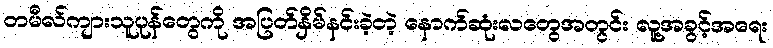
တမီလ်ကျားသူပုန်တွေကို အပြတ်နှိမ်နင်းခဲ့တဲ့ နောက်ဆုံးလတွေအတွင်း လူ့အခွင့်အရေး